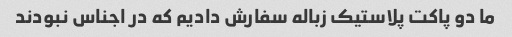
ما دو پاکت پلاستیک زباله سفارش دادیم که در اجناس نبودند